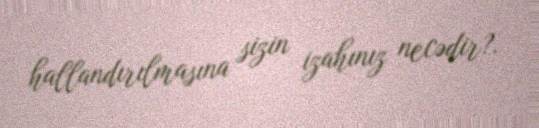
hallandırılmasına sizin izahınız necədir?.